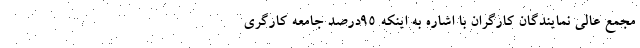
مجمع عالی نمایندگان کارگران با اشاره به اینکه ۹۵درصد جامعه کارگری